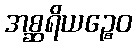
အစ္ဆရိယဉ္စေဝ